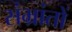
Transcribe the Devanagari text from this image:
संभ्रांतों